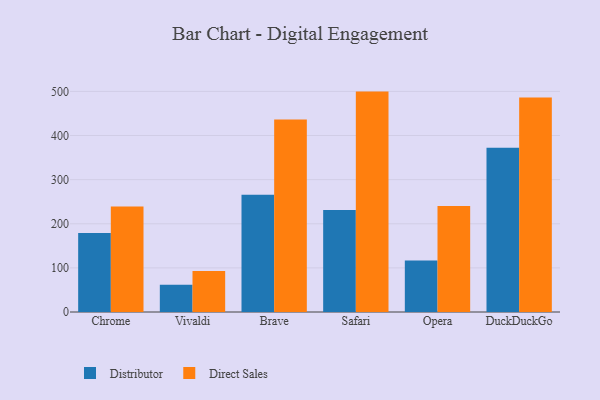
{"axis": {"x": "Browser", "y": "Churn Rate (%)"}, "legend": ["Direct Sales", "Distributor"], "data": [{"x": "Chrome", "y": 179.3, "type": "Distributor"}, {"x": "Chrome", "y": 239.0, "type": "Direct Sales"}, {"x": "Vivaldi", "y": 62.0, "type": "Distributor"}, {"x": "Vivaldi", "y": 92.9, "type": "Direct Sales"}, {"x": "Brave", "y": 265.5, "type": "Distributor"}, {"x": "Brave", "y": 436.4, "type": "Direct Sales"}, {"x": "Safari", "y": 231.1, "type": "Distributor"}, {"x": "Safari", "y": 499.6, "type": "Direct Sales"}, {"x": "Opera", "y": 116.6, "type": "Distributor"}, {"x": "Opera", "y": 240.2, "type": "Direct Sales"}, {"x": "DuckDuckGo", "y": 372.5, "type": "Distributor"}, {"x": "DuckDuckGo", "y": 486.4, "type": "Direct Sales"}]}